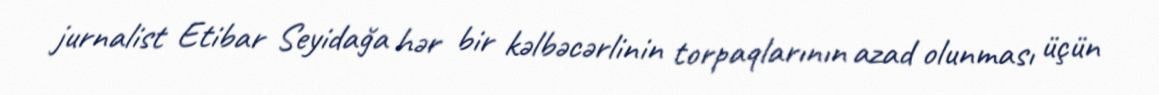
jurnalist Etibar Seyidağa hər bir kəlbəcərlinin torpaqlarının azad olunması üçün